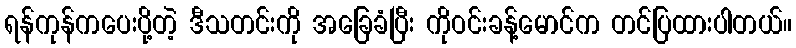
ရန်ကုန်ကပေးပို့တဲ့ ဒီသတင်းကို အခြေခံပြီး ကိုဝင်းခန့်မောင်က တင်ပြထားပါတယ်။